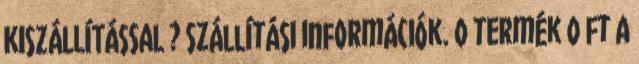
KISZÁLLÍTÁSSAL ? Szállítási információk. 0 termék 0 Ft A